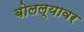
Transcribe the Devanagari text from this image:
बोलल्यावर